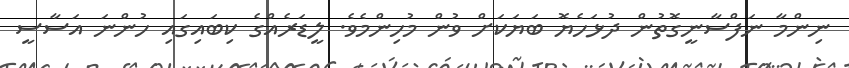
ނިންމާ ނަފްސާނީގޮތުން ދުޅަހެޔޮ ބަޔަކަށް ވުން މުހިންމެވެ. ލީޑަރެއްގެ ކިބައިގައި ހުންނަ އަސާސީ